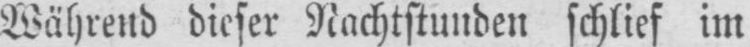
Während dieser Nachtstunden schlief im